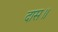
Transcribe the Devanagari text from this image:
दास॥